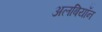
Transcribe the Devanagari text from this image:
अलबियॉन